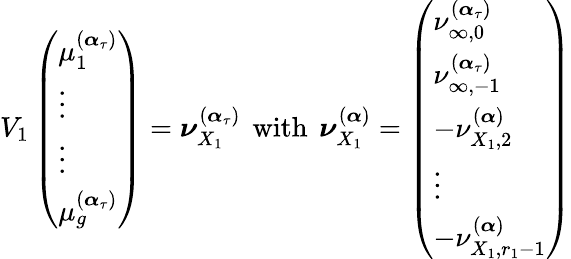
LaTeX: V_{1}\left(\begin{array}{l}{\mu_{1}^{(\boldsymbol{\alpha}_{\tau})}}\\ {\vdots}\\ {\vdots}\\ {\mu_{g}^{(\boldsymbol{\alpha}_{\tau})}}\end{array}\right)=\boldsymbol{\nu}_{X_{1}}^{(\boldsymbol{\alpha}_{\tau})}\, \mathrm{~with~}\, \boldsymbol{\nu}_{X_{1}}^{(\boldsymbol{\alpha})}=\left(\begin{array}{l}{\nu_{\infty,0}^{(\boldsymbol{\alpha}_{\tau})}}\\ {\nu_{\infty,-1}^{(\boldsymbol{\alpha}_{\tau})}}\\ {-\nu_{{X_{1}},2}^{(\boldsymbol{\alpha})}}\\ {\vdots}\\ {-\nu_{{X_{1}},r_{1}-1}^{(\boldsymbol{\alpha})}}\end{array}\right)